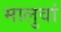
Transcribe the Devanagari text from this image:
मालुवां